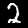
Digit: 2